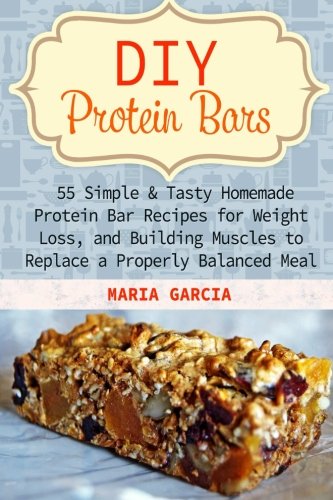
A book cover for DIY Protein Bars: 55 Simple & Tasty Homemade Protein Bar Recipes for Weight Loss, and Build Muscles to Replace a Properly Balanced Meal (Protein Bars, DIY Protein Bars, protein bars at home); Maria Garcia; Cookbooks, Food & Wine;